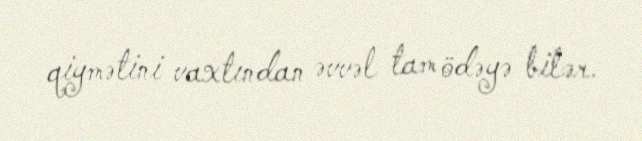
qiymətini vaxtından əvvəl tam ödəyə bilər.